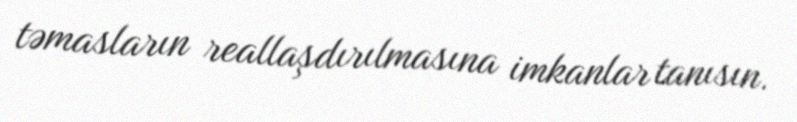
təmasların reallaşdırılmasına imkanlar tanısın.